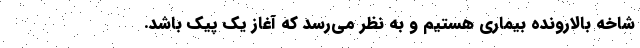
شاخه بالارونده بیماری هستیم و به نظر می‌رسد که آغاز یک پیک باشد.